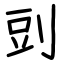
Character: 剅